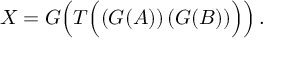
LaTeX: X = G \Big ( T \Big ( ( G ( A ) ) \, ( G ( B ) ) \Big ) \Big ) \, .